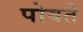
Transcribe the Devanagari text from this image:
पोवते